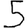
Digit: 5